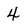
Character: 4